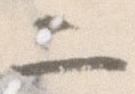
二